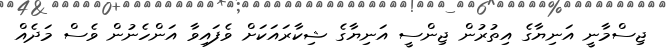
ޖިސްމާނީ އަނިޔާގެ އިތުރުން ޖިންސީ އަނިޔާގެ ޝިކާރައަކަށް ވެފައިވާ އަންހެނުން ވެސް މަދެއް